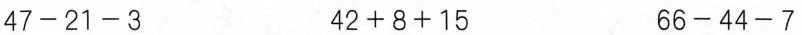
$$47-21-3$$ $$42+8+15$$ $$66-44-7$$